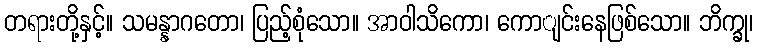
တရားတို့နှင့်။ သမန္နာဂတော၊ ပြည့်စုံသော။ အာဝါသိကော၊ ကောျင်းနေဖြစ်သော။ ဘိက္ခု၊